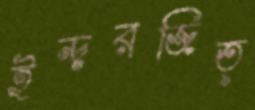
ইন্দরজিত্